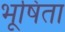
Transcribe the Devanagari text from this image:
भूषिता